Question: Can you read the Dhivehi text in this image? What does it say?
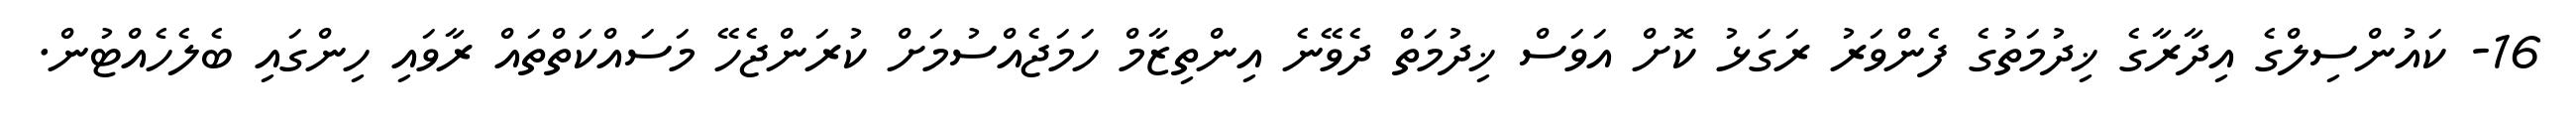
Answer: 16- ކައުންސިލްގެ އިދާރާގެ ޚިދުމަތުގެ ފެންވަރު ރަގަޅު ކޮށް އަވަސް ޚިދުމަތް ދެވޭނެ އިންތިޒާމް ހަމަޖެއްސުމަށް ކުރަންޖެހޭ މަސައްކަތްތައް ރާވައި ހިންގައި ބެލެހެއްޓުން.